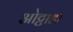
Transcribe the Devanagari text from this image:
ओट्टाडा